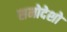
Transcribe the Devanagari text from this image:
समोदेशो